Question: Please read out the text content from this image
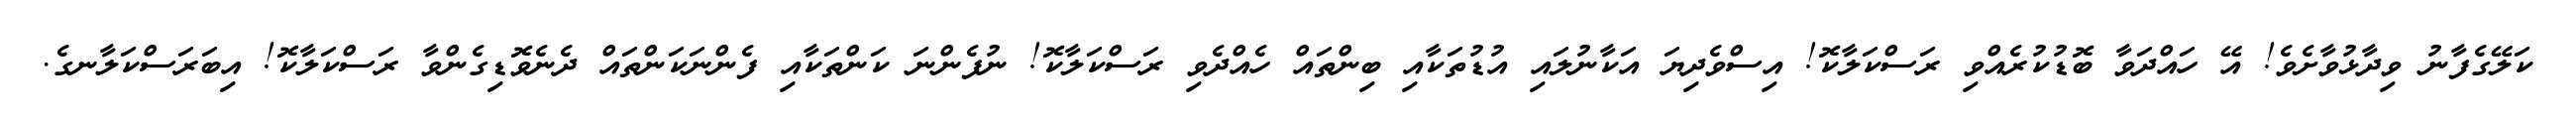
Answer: ކަލޭގެފާނު ވިދާޅުވާށެވެ! އޭ ހައްދަވާ ބޮޑުކުރެއްވި ރަސްކަލާކޮ! އިސްވެދިޔަ އަކާނުލައި އުޑުތަކާއި ބިންތައް ހެއްދެވި ރަސްކަލާކޮ! ނުފެންނަ ކަންތަކާއި ފެންނަކަންތައް ދެނެވޮޑިގެންވާ ރަސްކަލާކޮ! އިބަރަސްކަލާނގެ.